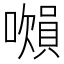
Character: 𧷝